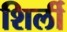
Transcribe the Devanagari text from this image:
शिर्ली